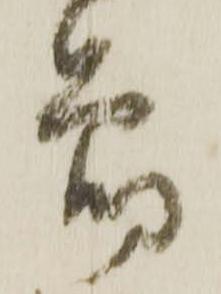
節